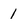
Character: 1